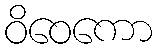
ဝိဝေကော